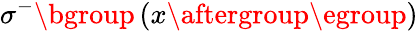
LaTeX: \sigma^{-}\mathopen{}\mathclose\bgroup\left(x\aftergroup\egroup\right)